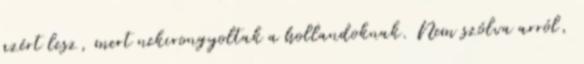
azért lesz, mert nekirongyoltak a hollandoknak. Nem szólva arról,